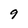
Character: 9